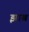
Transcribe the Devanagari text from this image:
झाब